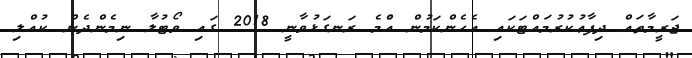
ޖަރީމާތައް ދިފާޢުކުރުމައްޓަކައި އެހެންކަމުން އެްމެ ރަނގަޅުވާނީ 2018 ގައި ވޯޓުލާ ނިމެންދެން ކުއްލި